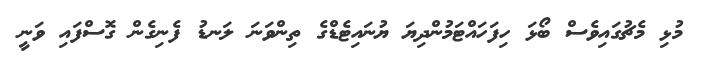
މުޅި މެޗުގައިވެސް ބޯޅަ ހިފަހައްޓަމުންދިޔަ ޔުނައިޓެޑްގެ ތިންވަނަ ލަނޑު ފެނިގެން ގޮސްފައި ވަނީ